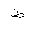
Letter: _za